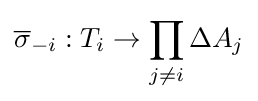
{\overline {\sigma }}_{-i}:T_{i}\rightarrow \prod _{j\neq i}\Delta A_{j}